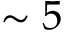
\sim 5